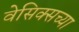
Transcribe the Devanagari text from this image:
वेसिक्सच्या